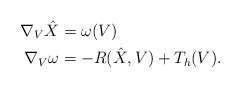
\begin{align*}\nabla_{V} \hat X &= \omega (V)\\\nabla_V \omega&= -R(\hat X, V) + T_h (V).\end{align*}